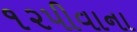
૧૨પીવાના